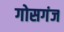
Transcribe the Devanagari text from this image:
गोसगंज